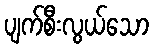
ပျက်စီးလွယ်သော